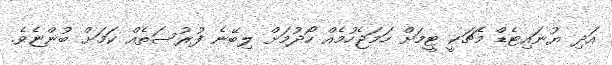
އަދި ޔުނައިޓެޑް މެޗަކީ ޓީމަށް ހަމަޖެހުމެއް ހޯދުމަށް ލިބޭނެ ފުރުސަތެއް ކަމަށް ބުންޏެވެ.